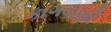
કાગવાણી